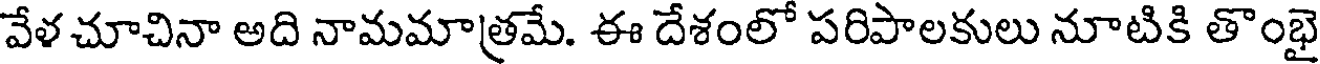
వేళ చూచినా అది నామమాత్రమే. ఈ దేశంలో పరిపాలకులు నూటికి తొంభై